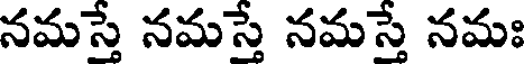
నమస్తే నమస్తే నమస్తే నమః